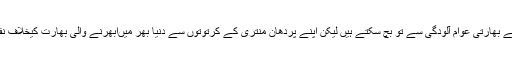
اس نوجوان کی تقلید کرتے ہوئے بھارتی عوام آلودگی سے تو بچ سکتے ہیں لیکن اپنے پردھان منتری کے کرتوتوں سے دنیا بھر میںابھرنے والی بھارت کیخلاف نفرت کا مقابلہ کیسے کرینگے؟